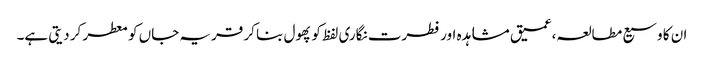
ان کا وسیع مطالعہ،عمیق مشاہدہ اور فطرت نگاری لفظ کو پھول بنا کر قریہ جاں کو معطر کر دیتی ہے۔